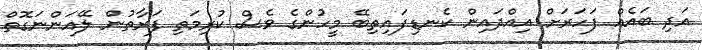
އަދި ބައެއް ފަހަރަށް އިއްދައިން ކެނޑިފައިތިބޭ މީހުންގެ ވެސް ކުރިމަތި ފަރާތުން ލޭއަންނަގޮތް